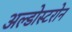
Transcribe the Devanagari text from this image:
अल्डोस्टरोन